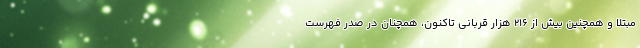
مبتلا و همچنین بیش از ۲۱۶ هزار قربانی تاکنون، همچنان در صدر فهرست